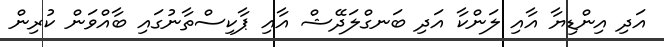
އަދި އިންޑިޔާ އާއި ލަންކާ އަދި ބަނގްލަދޭޝް އާއި ޕާކިސްތާނުގައި ބާއްވަން ކުރިން